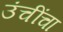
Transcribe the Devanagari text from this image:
उंचींचा